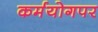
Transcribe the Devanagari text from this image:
कर्मयोगपर